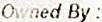
OWNED BY :